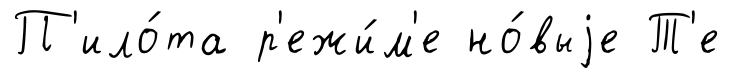
П'ило́та р'ежи́м'е но́выjе Т'е